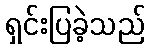
ရှင်းပြခဲ့သည်